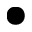
\bullet